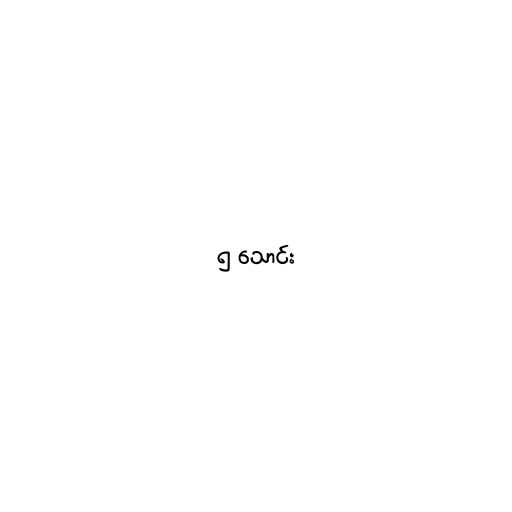
၅ သောင်း